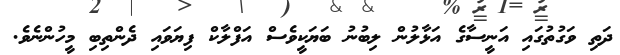
ދަތި ވަގުތުގައި އަނީސާގެ އަޅާލުން ލިބުނު ބަޔަކީވެސް އަފްލާކް ފިޔަވައި ދެންތިބި މީހުންނެވެ.